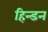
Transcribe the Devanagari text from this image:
हिन्‍डन